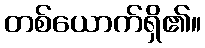
တစ်ယောက်ရှိ၏။